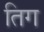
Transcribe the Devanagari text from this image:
तिग